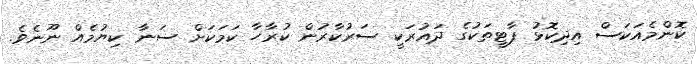
ކޮންމެއަކަސް އިދިކޮޅު ޕާޓީތަކުގެ ދައުރަކީ ސަރުކާރުން ކުރާހާ ކަމަކަށް ސަނާ ކިޔުމެއް ނޫނެވެ.